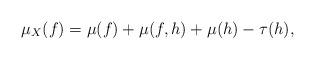
LaTeX: \begin{align*}\mu_X(f)=\mu(f)+\mu(f,h)+\mu(h)-\tau(h),\end{align*}